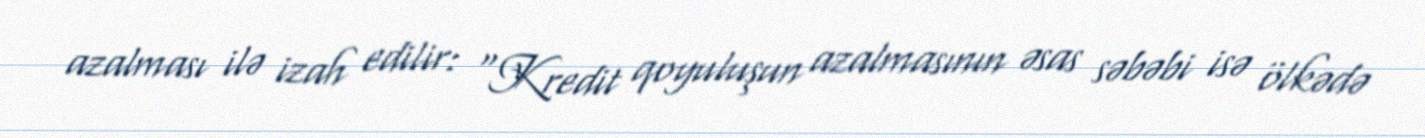
azalması ilə izah edilir: “Kredit qoyuluşun azalmasının əsas səbəbi isə ölkədə